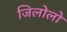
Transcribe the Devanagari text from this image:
जिलोलो